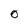
Character: 0